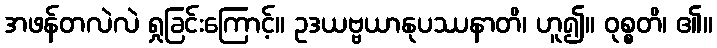
အဖန်တလဲလဲ ရှုခြင်းကြောင့်။ ဥဒယဗ္ဗယာနုပဿနာတိ၊ ဟူ၍။ ဝုစ္စတိ၊ ၏။